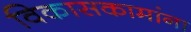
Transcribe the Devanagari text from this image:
विकासकामांना